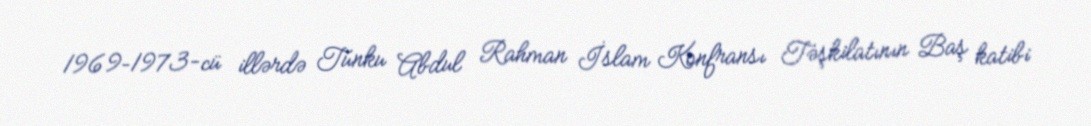
1969–1973-cü illərdə Tunku Abdul Rahman İslam Konfransı Təşkilatının Baş katibi